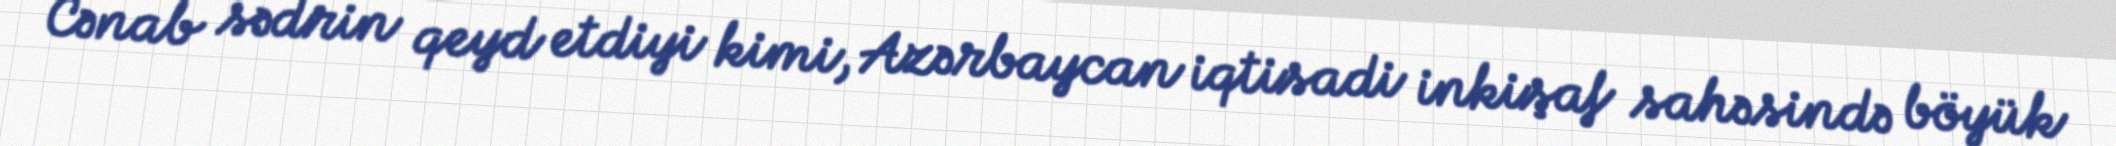
Cənab sədrin qeyd etdiyi kimi, Azərbaycan iqtisadi inkişaf sahəsində böyük